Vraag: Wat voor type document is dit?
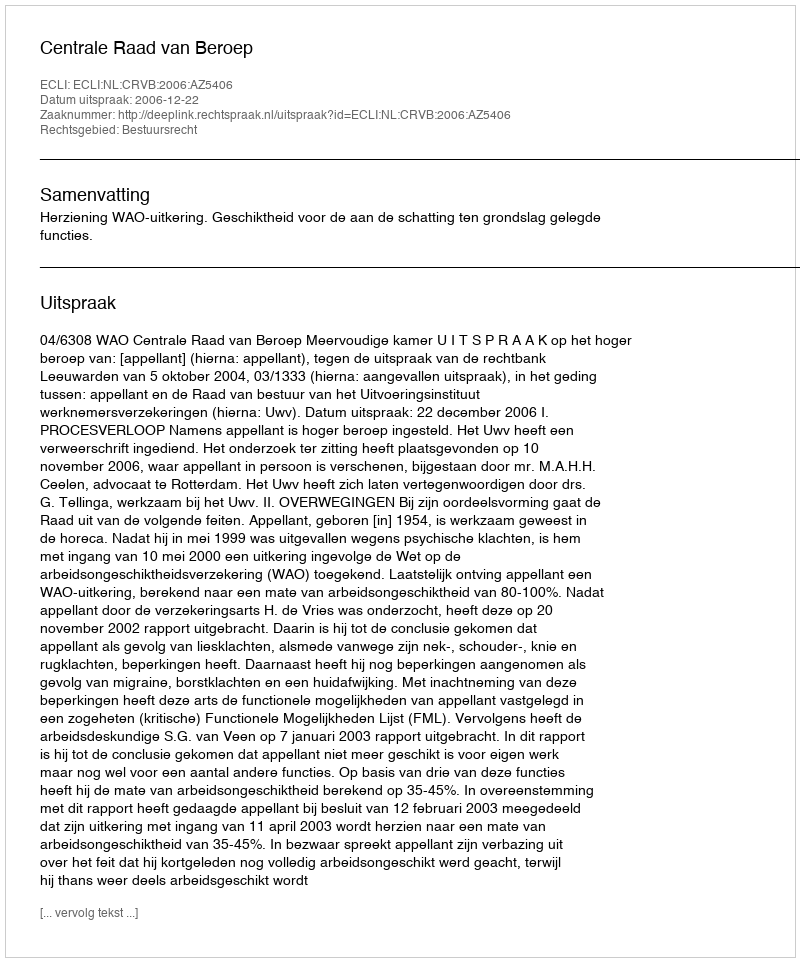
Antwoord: Uitspraak